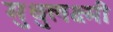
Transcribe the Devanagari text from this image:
मुथुलक्ष्मी